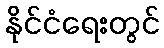
နိုင်ငံရေးတွင်